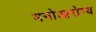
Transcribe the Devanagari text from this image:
मनोआरोग्य